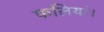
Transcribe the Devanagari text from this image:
फलियां।